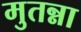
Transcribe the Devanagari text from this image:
मुतन्ना